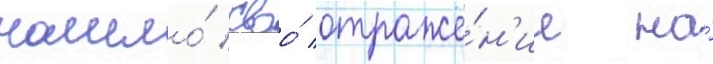
нашло́ своо́ отраже́н'ие на́